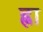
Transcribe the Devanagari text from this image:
ह्ना